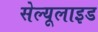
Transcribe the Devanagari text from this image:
सेल्यूलाइड